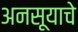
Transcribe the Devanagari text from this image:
अनसूयाचे